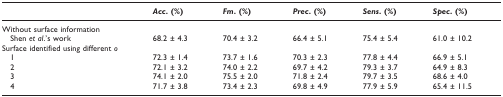
<table><thead><tr><td></td><td><b><i>Acc</i>. (%)</b></td><td><b><i>Fm</i>. (%)</b></td><td><b><i>Prec</i>. (%)</b></td><td><b><i>Sens</i>. (%)</b></td><td><b><i>Spec</i>. (%)</b></td></tr></thead><tbody><tr><td>Without surface information</td><td></td><td></td><td></td><td></td><td></td></tr><tr><td> Shen <i>et al</i>.&#x27;s work</td><td>68.2 ± 4.3</td><td>70.4 ± 3.2</td><td>66.4 ± 5.1</td><td>75.4 ± 5.4</td><td>61.0 ± 10.2</td></tr><tr><td>Surface identified using different <i>o</i></td><td></td><td></td><td></td><td></td><td></td></tr><tr><td> 1</td><td>72.3 ± 1.4</td><td>73.7 ± 1.6</td><td>70.3 ± 2.3</td><td>77.8 ± 4.4</td><td>66.9 ± 5.1</td></tr><tr><td> 2</td><td>72.1 ± 3.2</td><td>74.0 ± 2.2</td><td>69.7 ± 4.2</td><td>79.3 ± 3.7</td><td>64.9 ± 8.3</td></tr><tr><td> 3</td><td>74.1 ± 2.0</td><td>75.5 ± 2.0</td><td>71.8 ± 2.4</td><td>79.7 ± 3.5</td><td>68.6 ± 4.0</td></tr><tr><td> 4</td><td>71.7 ± 3.8</td><td>73.4 ± 2.3</td><td>69.8 ± 4.9</td><td>77.9 ± 5.9</td><td>65.4 ± 11.5</td></tr></tbody></table>